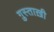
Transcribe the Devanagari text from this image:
ग़ुस्ताख़ी